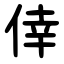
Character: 倖